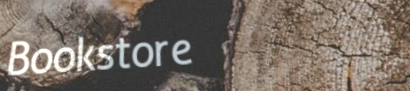
Bookstore